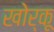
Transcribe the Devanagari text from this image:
खोर्कू